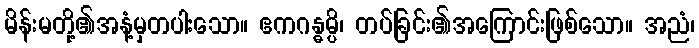
မိန်းမတို့၏အနံ့မှတပါးသော။ ဧကဂန္ဓမ္ပိ၊ တပ်ခြင်း၏အကြောင်းဖြစ်သော။ အညံ၊